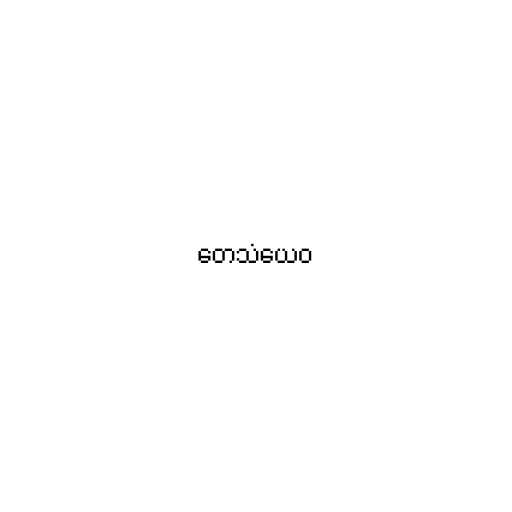
တေသံယေဝ